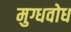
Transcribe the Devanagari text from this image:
मुग्धवोध